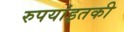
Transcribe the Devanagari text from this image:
रुपयांइतकी